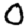
Digit: 0